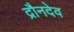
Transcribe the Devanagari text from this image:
द्रौनदेव